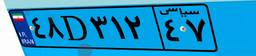
۴۸D۳۱۲۴۷